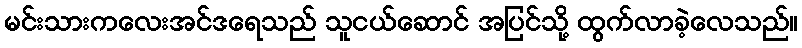
မင်းသားကလေးအင်ဒရေသည် သူငယ်ဆောင် အပြင်သို့ ထွက်လာခဲ့လေသည်။